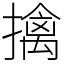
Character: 擒